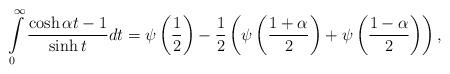
LaTeX: \begin{align*}\int\limits_{0}^{\infty }\frac{\cosh \alpha t-1}{\sinh t}dt=\psi \left( \frac{1}{2}\right) -\frac{1}{2}\left( \psi \left( \frac{1+\alpha }{2}\right)+\psi \left( \frac{1-\alpha }{2}\right) \right) , \end{align*}